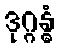
ဒုဂ္ဂန္ဓံ